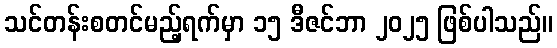
သင်တန်းစတင်မည့်ရက်မှာ ၁၅ ဒီဇင်ဘာ ၂၀၂၅ ဖြစ်ပါသည်။